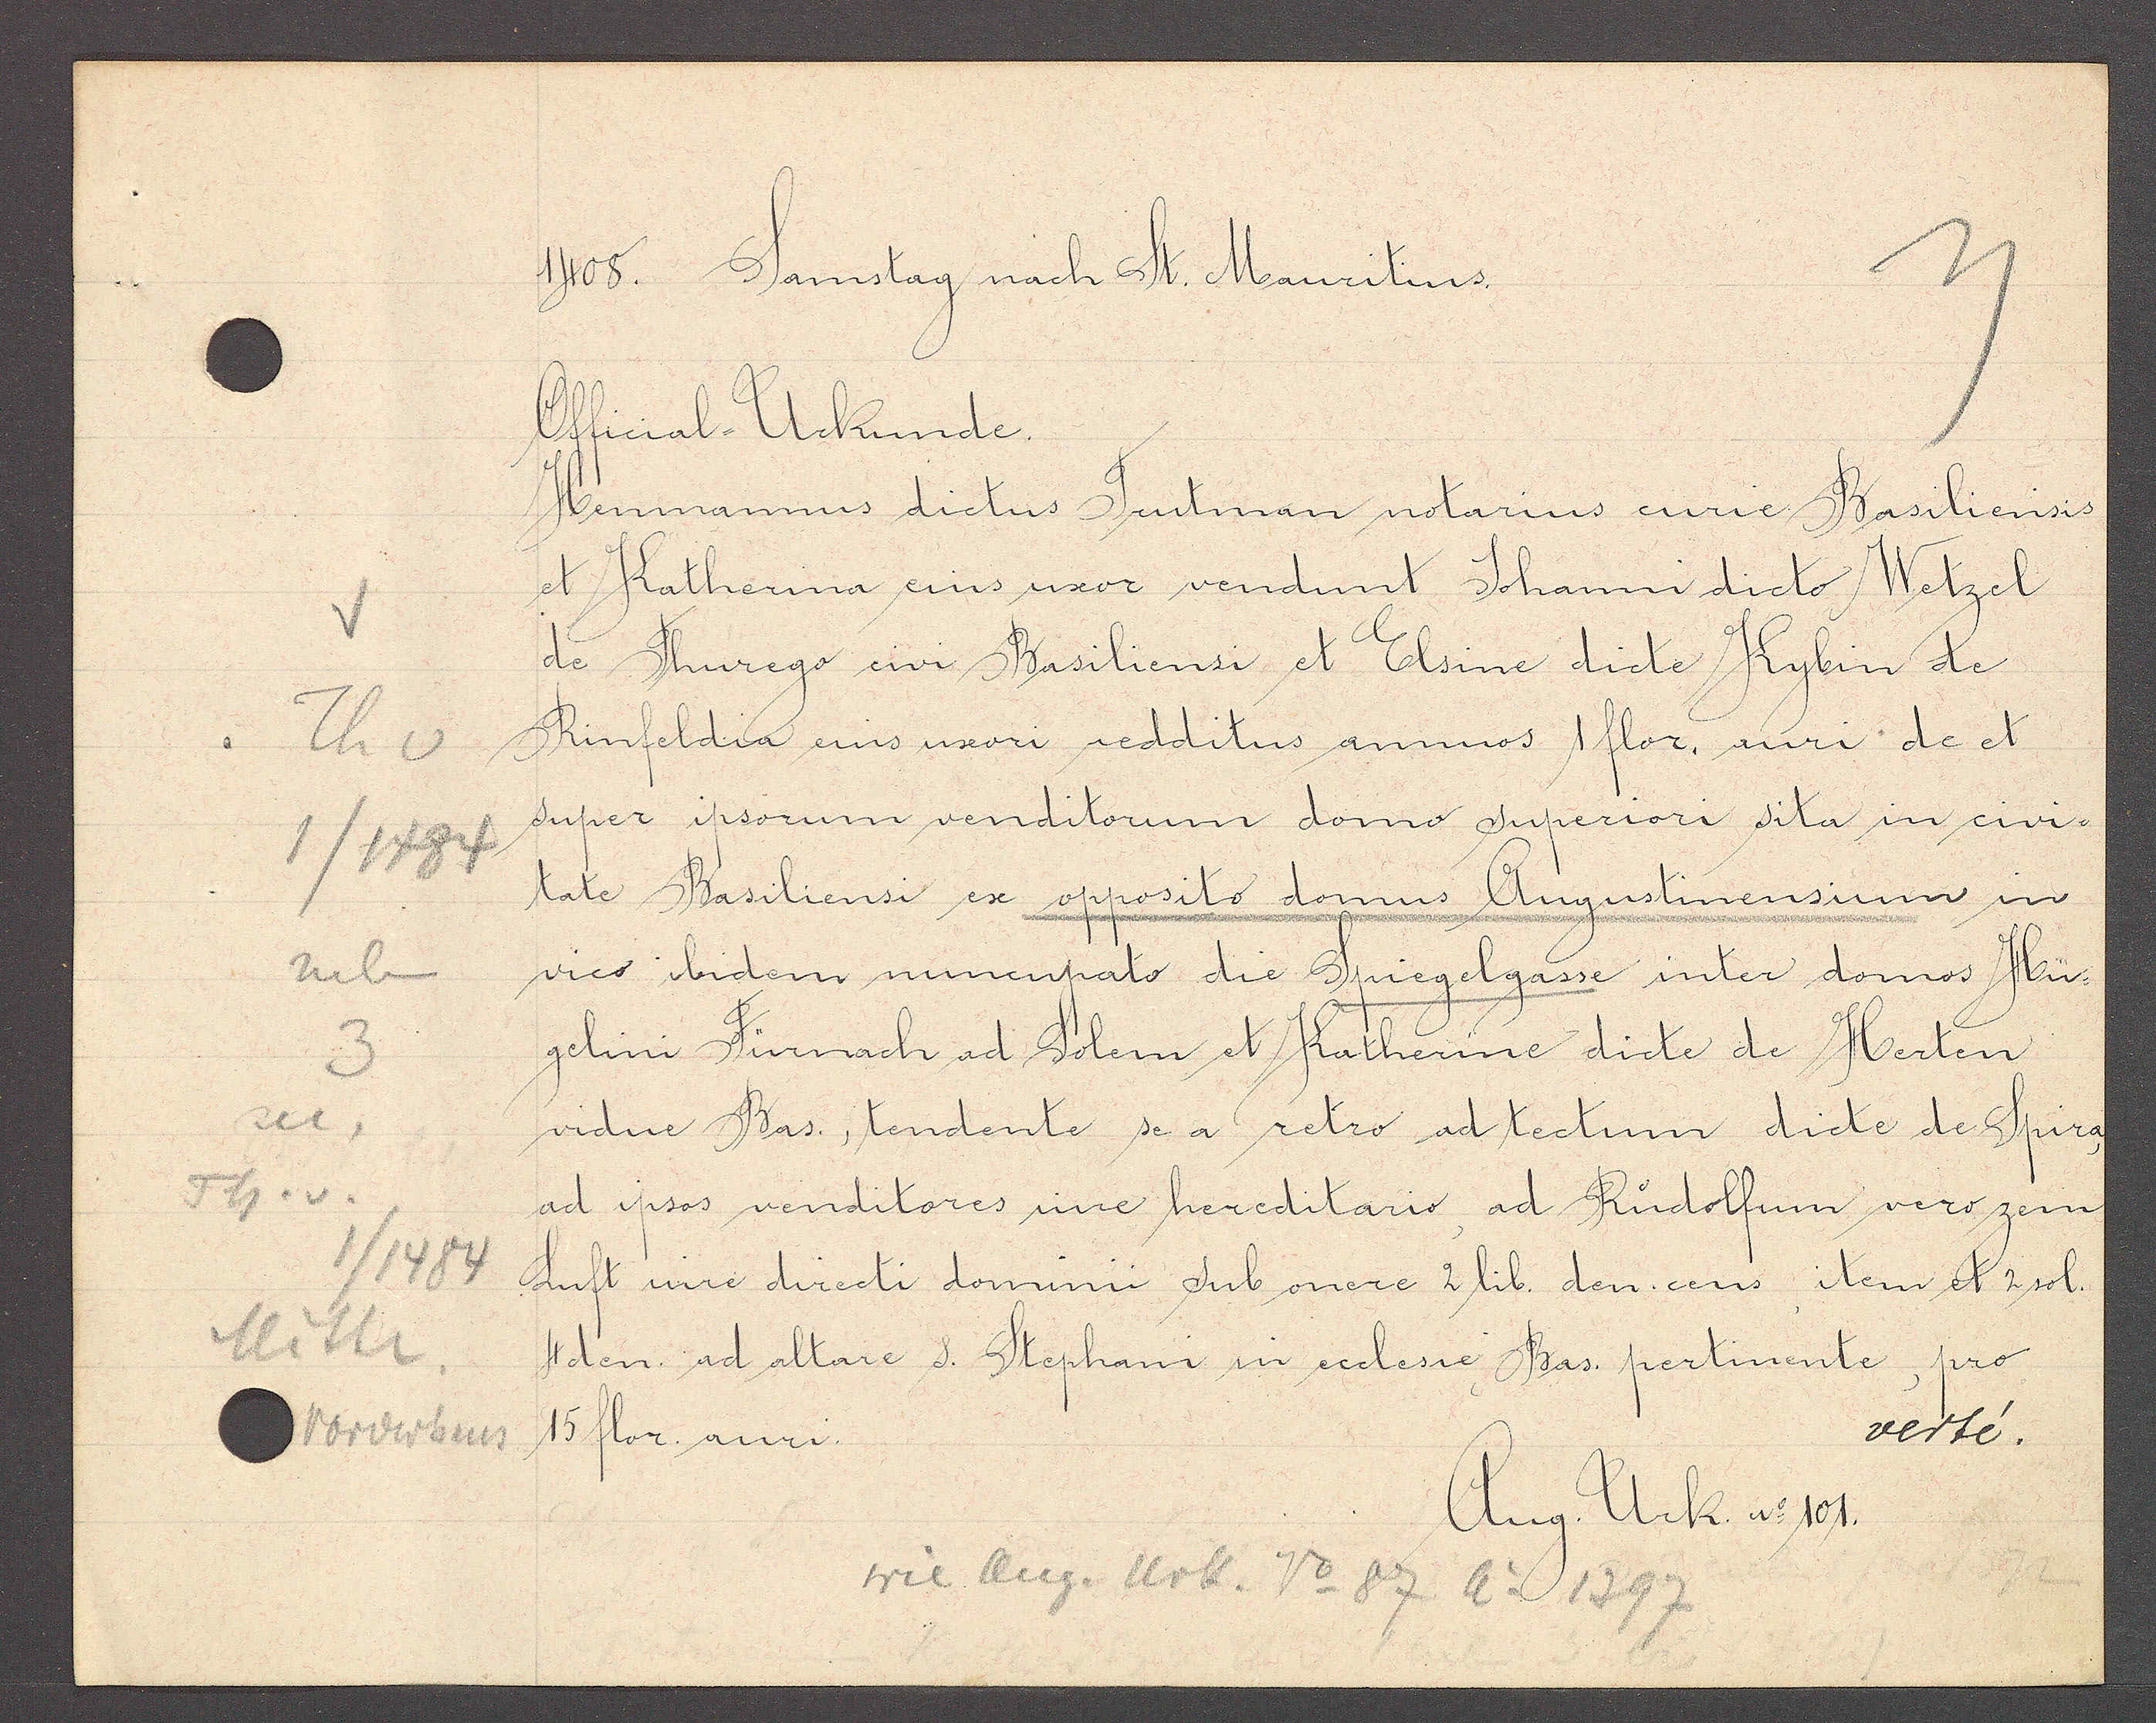
Transcript:
Th v
1/1484
neben

Th. v.
1/1484
Mitte

1408. Samstag nach St. Mauritius.

Official-Urkunde.
Henmannus dictus Trutman notarius curie Basiliensis
et Katherina eius uxor vendunt Johanni dicto Wetzel
de Thurego civi Basiliensi et Elsine dicte Kybin de
Rinfeldia eius uxori redditus annuos 1 flor. auri de et
super ipsorum venditorum domo superiori sita in civi-
tate Basiliensi ex opposito domus Augustinensium in
vico ibidem nuncupato die Spiegelgasse inter domos Hü¬
gelini Fürnach ad Solem et Katherine dicte de Herten
vidue Bas., tendente se a retro ad tectum dicte de Spira
ad ipsos renditores iure hereditario ad Rudolfum vero zem
Luft iure directi dominii sub onere 2 lib. den. cens item et 2 sol.
4 den. ad altare s. Stephani in ecclesie Bas. pertinente, pro
verte.
15 flor. auri.

wie Aug. Urk. No 87 Ao 1397.

Aug. Urk. No 101.